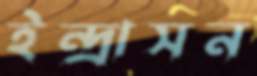
ইন্দ্রাসন